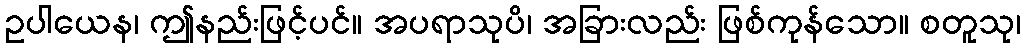
ဥပါယေန၊ ဤနည်းဖြင့်ပင်။ အပရာသုပိ၊ အခြားလည်း ဖြစ်ကုန်သော။ စတူသု၊